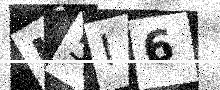
Text: H5I6